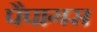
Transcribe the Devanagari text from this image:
पैपागस